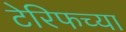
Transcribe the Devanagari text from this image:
टेरिफच्या